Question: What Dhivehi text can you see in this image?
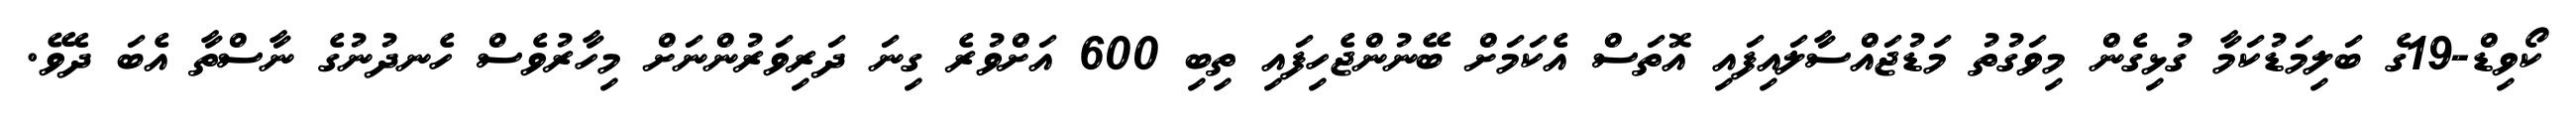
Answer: ކޯވިޑް-19ގެ ބަލިމަޑުކަމާ ގުޅިގެން މިވަގުތު މަޑުޖައްސާލައިފައި އޮތަސް އެކަމަށް ބޭނުންޖެހިފައި ތިބި 600 އަށްވުރެ ގިނަ ދަރިވަރުންނަށް މިހާރުވެސް ހެނދުނުގެ ނާސްތާ އެބަ ދެވޭ.